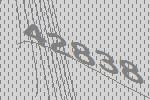
42838